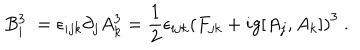
B _ { i } ^ { 3 } : = \epsilon _ { i j k } \partial _ { j } A _ { k } ^ { 3 } = \frac { 1 } { 2 } \epsilon _ { i j k } \left( F _ { j k } + i g [ A _ { j } , A _ { k } ] \right) ^ { 3 } \ .